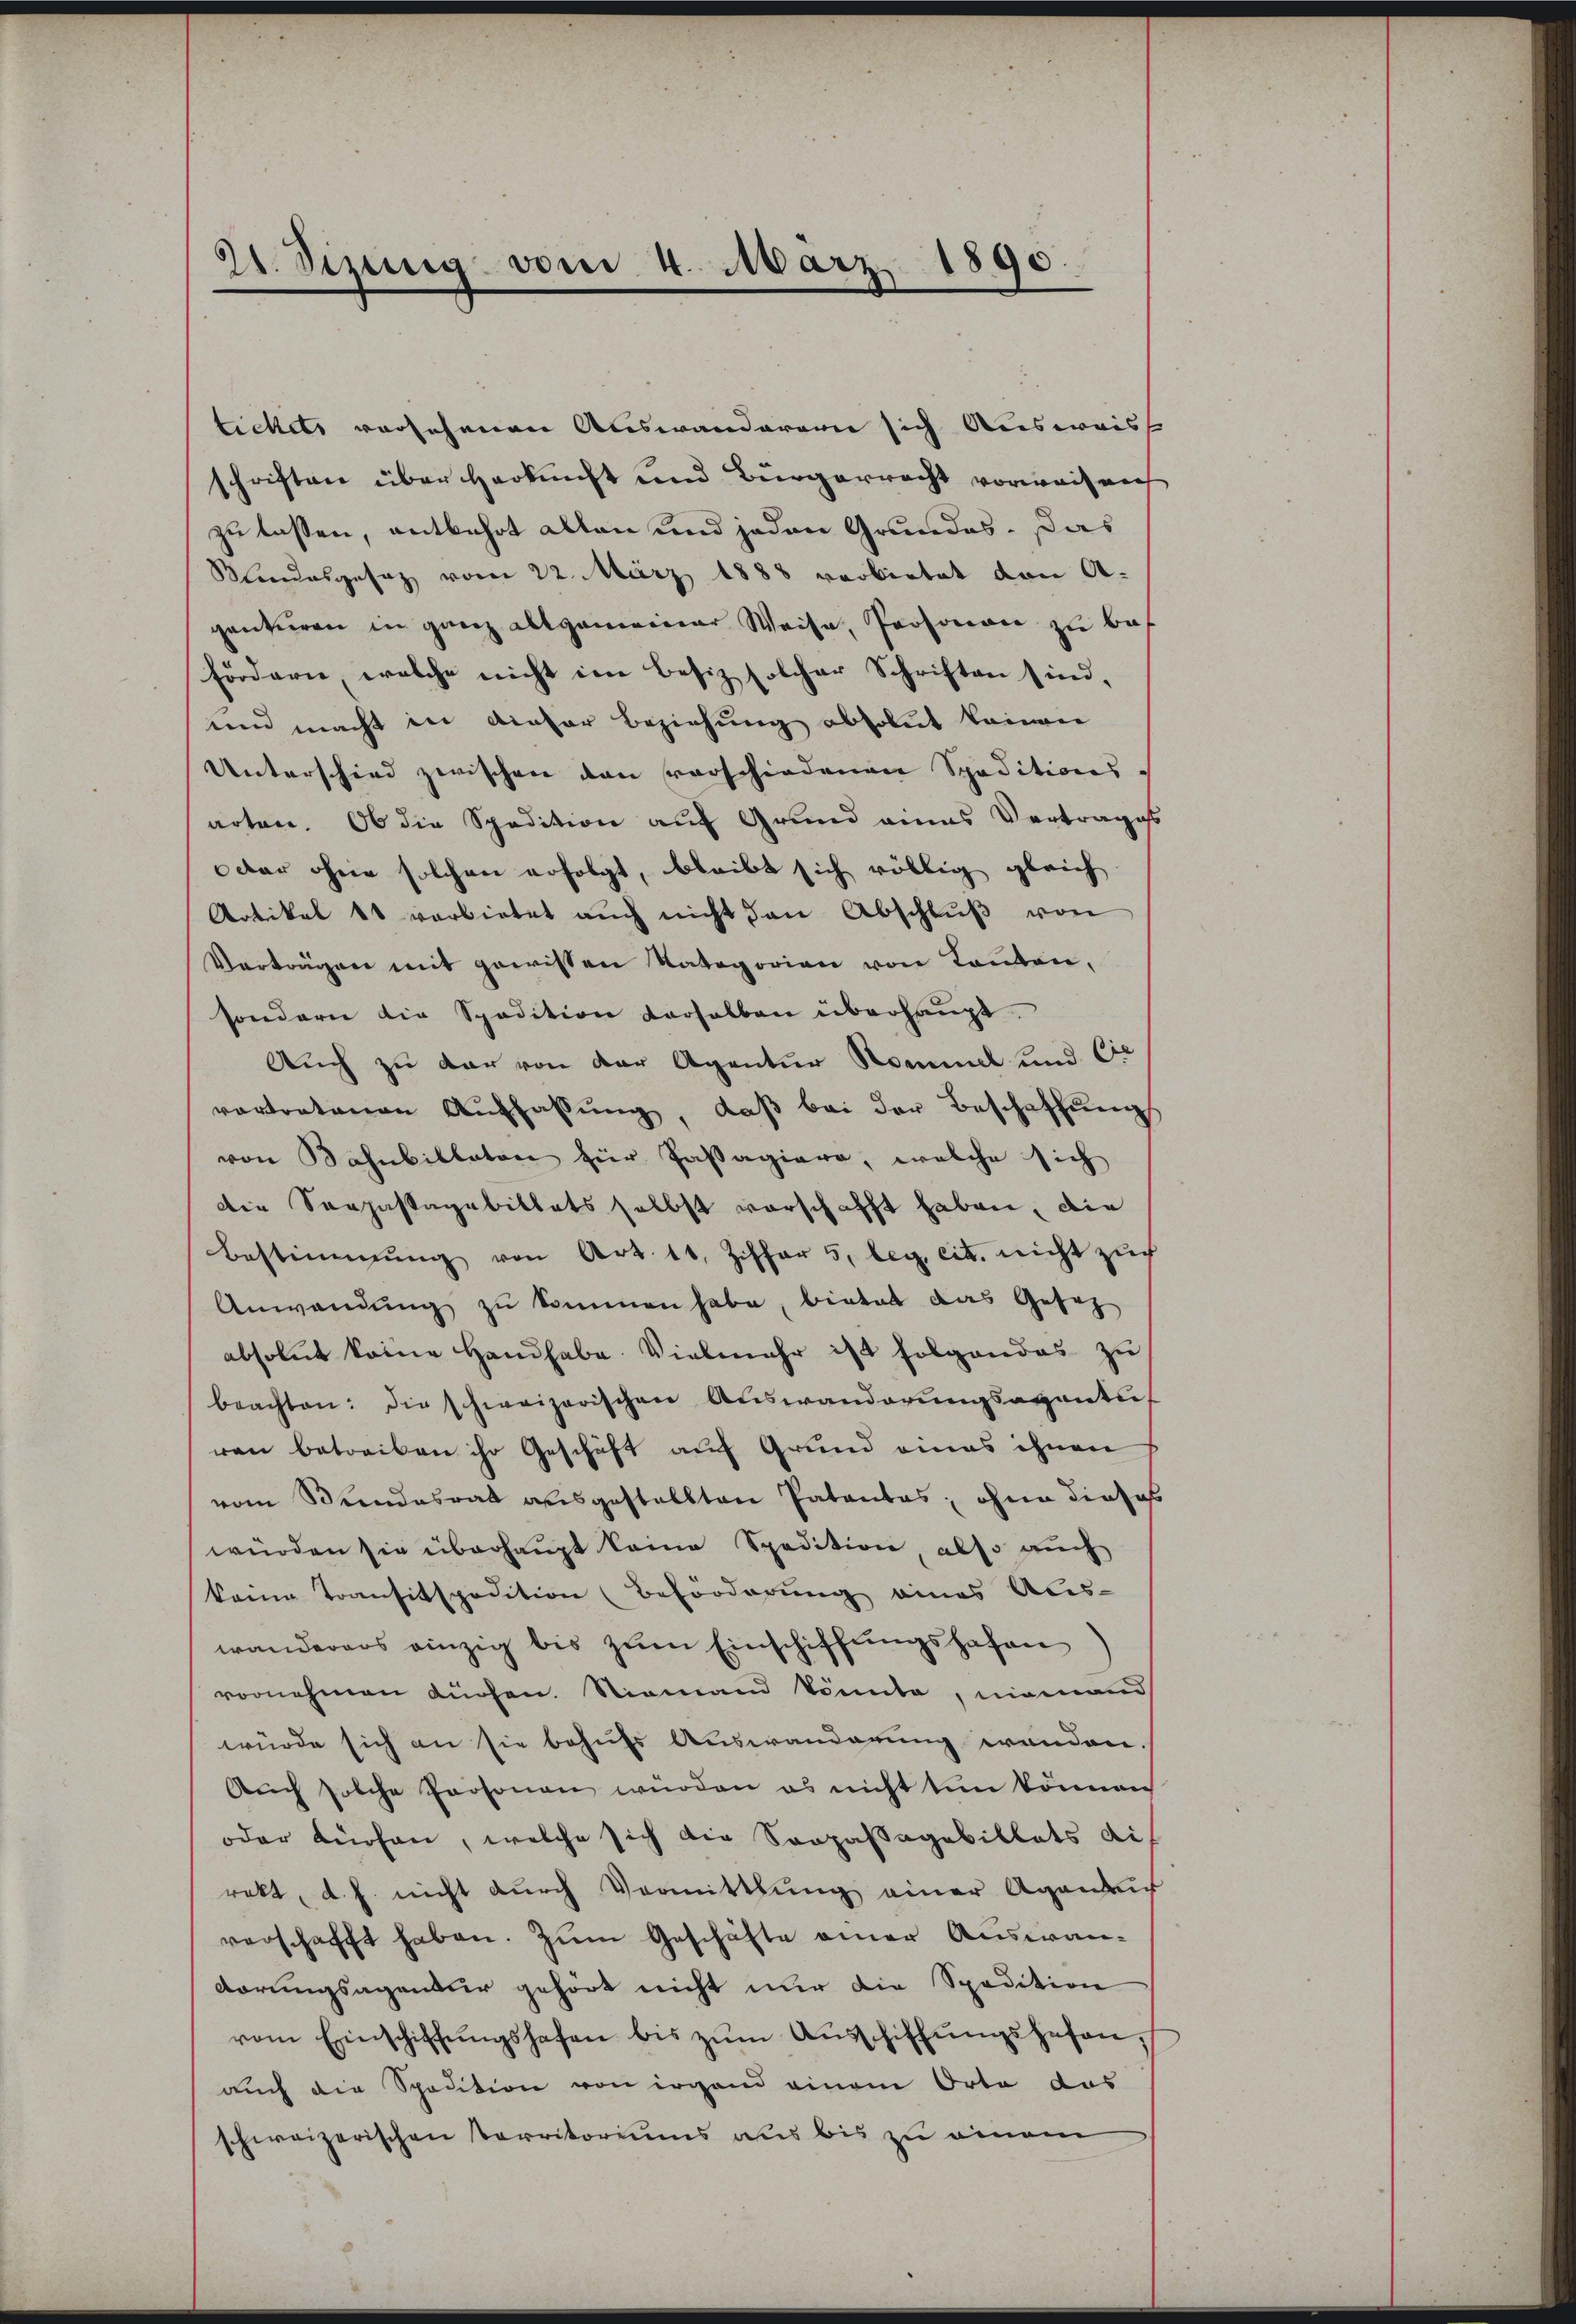
21. Dezung vom 4. März 1890.

tichets versehenen Auswanderen sich Ausweiss
schriften über Herkunft und Bürgerrecht vorweis nich
zu lassen, entbehrt allen und jeden Grundes. Das
Blindesgesetz vom 22. März 1888 verbietet von A.
genturen in ganz allgemeiner Weise, Personen zu bef
fördern, welche nicht im besiz solcher Schriften sind,
und macht in dieser Beziehung absolut keinen
Unterschied zwischen den verschiedenen Speditions-
arten. Ob die Spedition auf Grund eines Vertrages
oder ohne solchen erfolgt, bleibt sich völlig gleich
Artikel 11 verbietet aŭch nicht den Abschlŭβ von
Verträgen mit gewissen Kategorien von Kanton,
sondern die Spedition verhalben überhaupt.
Auch zu dar von der Agentur Sommel und Cis
vortretenen Auffassŭng, daβ bei der Beschaffŭng
von Bahnbillator für Passagiere, welche sich
die Sanpastagsbittets selbst vorschafft haben, die
Bestimmung von Art. 11. Ziffer 5. leg, cit. nicht zŭch
Anwendŭng zŭ kommen habe, bietet das Gesetz
absolut keine Handhabe. Vielmehr ist folgendes zu
beachten: die schweizerischen Auswanderungsagenturen betreiben ihr Geschäft auf Grund eines ihnen
vom Stundesrat ausgestellten Patentas, ohne dieses
würden sie überhaupt keine Spedition, also auch
keine Transitspedition Beförderung eines Aus-
wanderers einzig bis zum Einschiffungshafen
vornehmen dürfen. Niemand könnte, niemand
würde sich an sie behufs Auswanderung wenden.
Aŭch solche Personen würden es nicht tun können
oder dürfen, welche sich die Soopassagebillets dis
rakt, d. h. nicht durch Vermittlung einer Aganar
verschafft haben. Zum Geschäfte einer Auswandörungsagentier gehört nicht nur die Spedition
vom Einschiffŭngshafen bis zŭm Aŭsschiffŭngshefen,
auch die Spedition von irgend einem Orte das
schweizerischen Territoriums aus bis zu einem